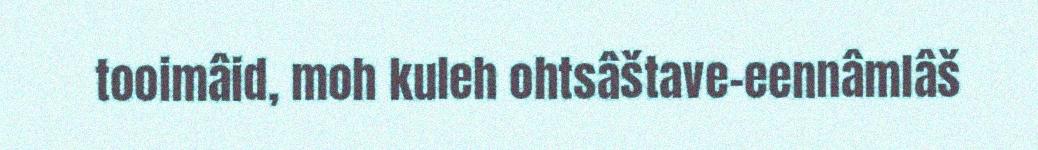
tooimâid, moh kuleh ohtsâštave-eennâmlâš